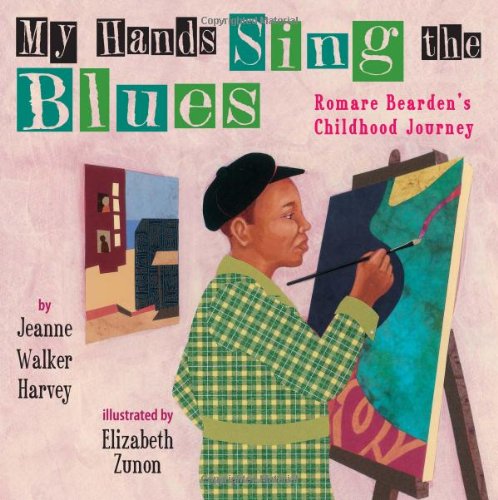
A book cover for My Hands Sing the Blues: Romare Bearden's Childhood Journey; Jeanne Walker Harvey; Children's Books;